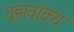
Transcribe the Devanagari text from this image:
ब्रह्मवाक्‍य